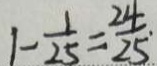
1 - \frac { 1 } { 2 5 } = \frac { 2 4 } { 2 5 } \cdot